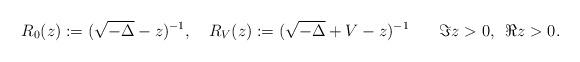
LaTeX: \begin{align*}R_0(z):=( \sqrt{-\Delta} - z)^{-1}, \,\,\,\,\,\, R_V(z):=( \sqrt{-\Delta} + V- z)^{-1} \,\,\,\,\,\, \,\,\,\ \Im z>0, \,\,\, \Re z>0 . \end{align*}